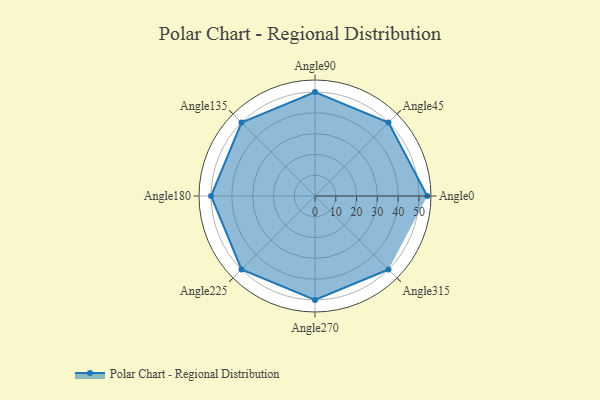
{"axis": {"x": "Angle", "y": "Radius"}, "legend": [""], "data": [{"x": "Angle0", "y": 54.0, "type": ""}, {"x": "Angle45", "y": 50, "type": ""}, {"x": "Angle90", "y": 50, "type": ""}, {"x": "Angle135", "y": 50, "type": ""}, {"x": "Angle180", "y": 50, "type": ""}, {"x": "Angle225", "y": 50, "type": ""}, {"x": "Angle270", "y": 50, "type": ""}, {"x": "Angle315", "y": 50, "type": ""}]}